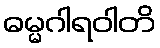
ဓမ္မဂါရဝါတိ